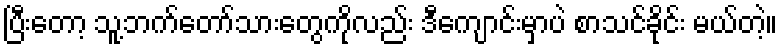
ပြီးတော့ သူ့ဘက်တော်သားတွေကိုလည်း ဒီကျောင်းမှာပဲ စာသင်ခိုင်း မယ်တဲ့။